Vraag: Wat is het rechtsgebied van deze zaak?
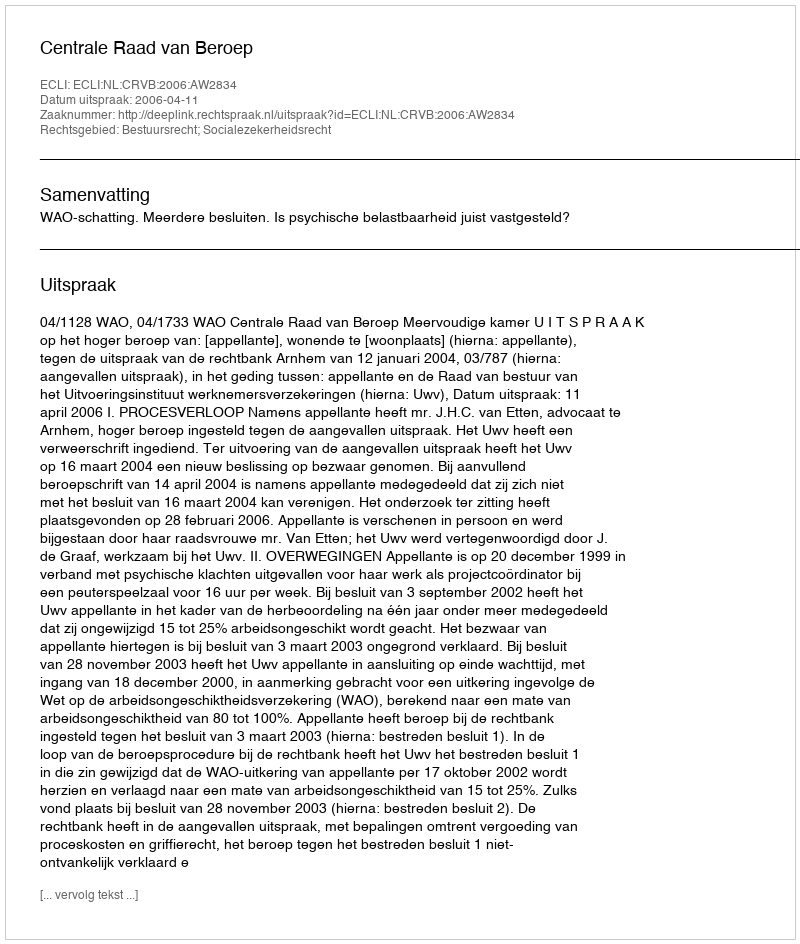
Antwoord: Bestuursrecht; Socialezekerheidsrecht